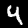
Label: 4